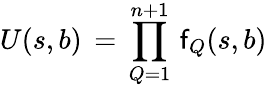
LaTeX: U(s,b)\, =\, \prod_{Q=1}^{n+1}\, \mathsf{f}_{Q}(s,b)